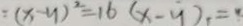
= ( x - y ) ^ { 2 } = 1 6 ( x - y ) = y